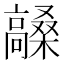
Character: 𮪼